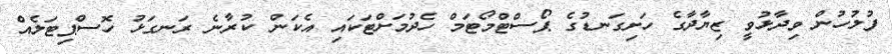
ފުލުހުން ވިދާޅުވީ ޒިޔާދާގެ ހަށިގަނޑުގެ ޕޯސްޓްމޯޓަމް ހެދުމަށްޓަކައި އެކަން ކުރާނެ ރަނގަޅު ހޮސްޕިޓަލެއް